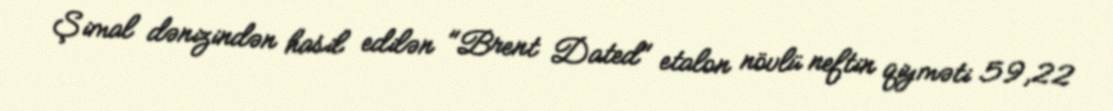
Şimal dənizindən hasil edilən "Brent Dated" etalon növlü neftin qiyməti 59,22